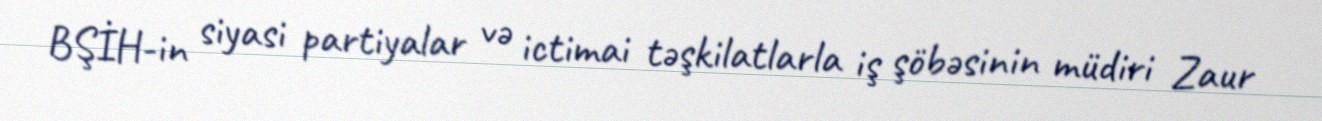
BŞİH-in siyasi partiyalar və ictimai təşkilatlarla iş şöbəsinin müdiri Zaur